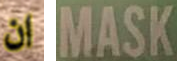
ان MASK